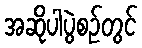
အဆိုပါပွဲစဉ်တွင်